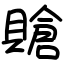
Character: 賶